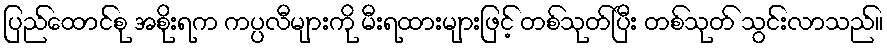
ပြည်ထောင်စု အစိုးရက ကပ္ပလီများကို မီးရထားများဖြင့် တစ်သုတ်ပြီး တစ်သုတ် သွင်းလာသည်။